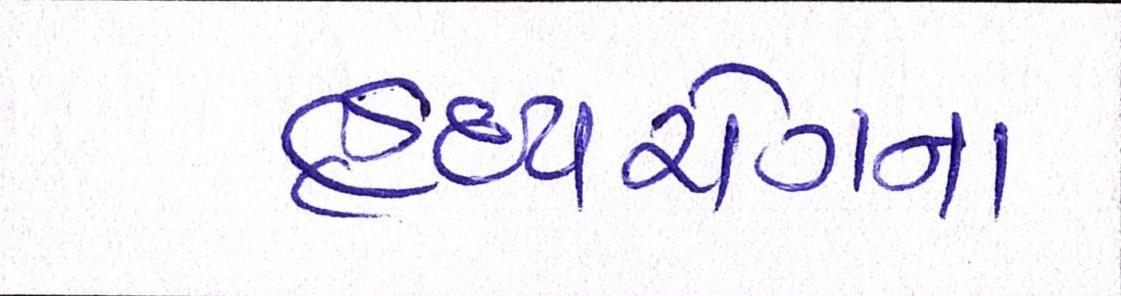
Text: હૃદયરોગના